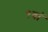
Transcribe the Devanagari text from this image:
९वां